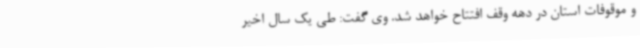
و موقوفات استان در دهه وقف افتتاح خواهد شد. وی گفت: طی یک سال اخیر